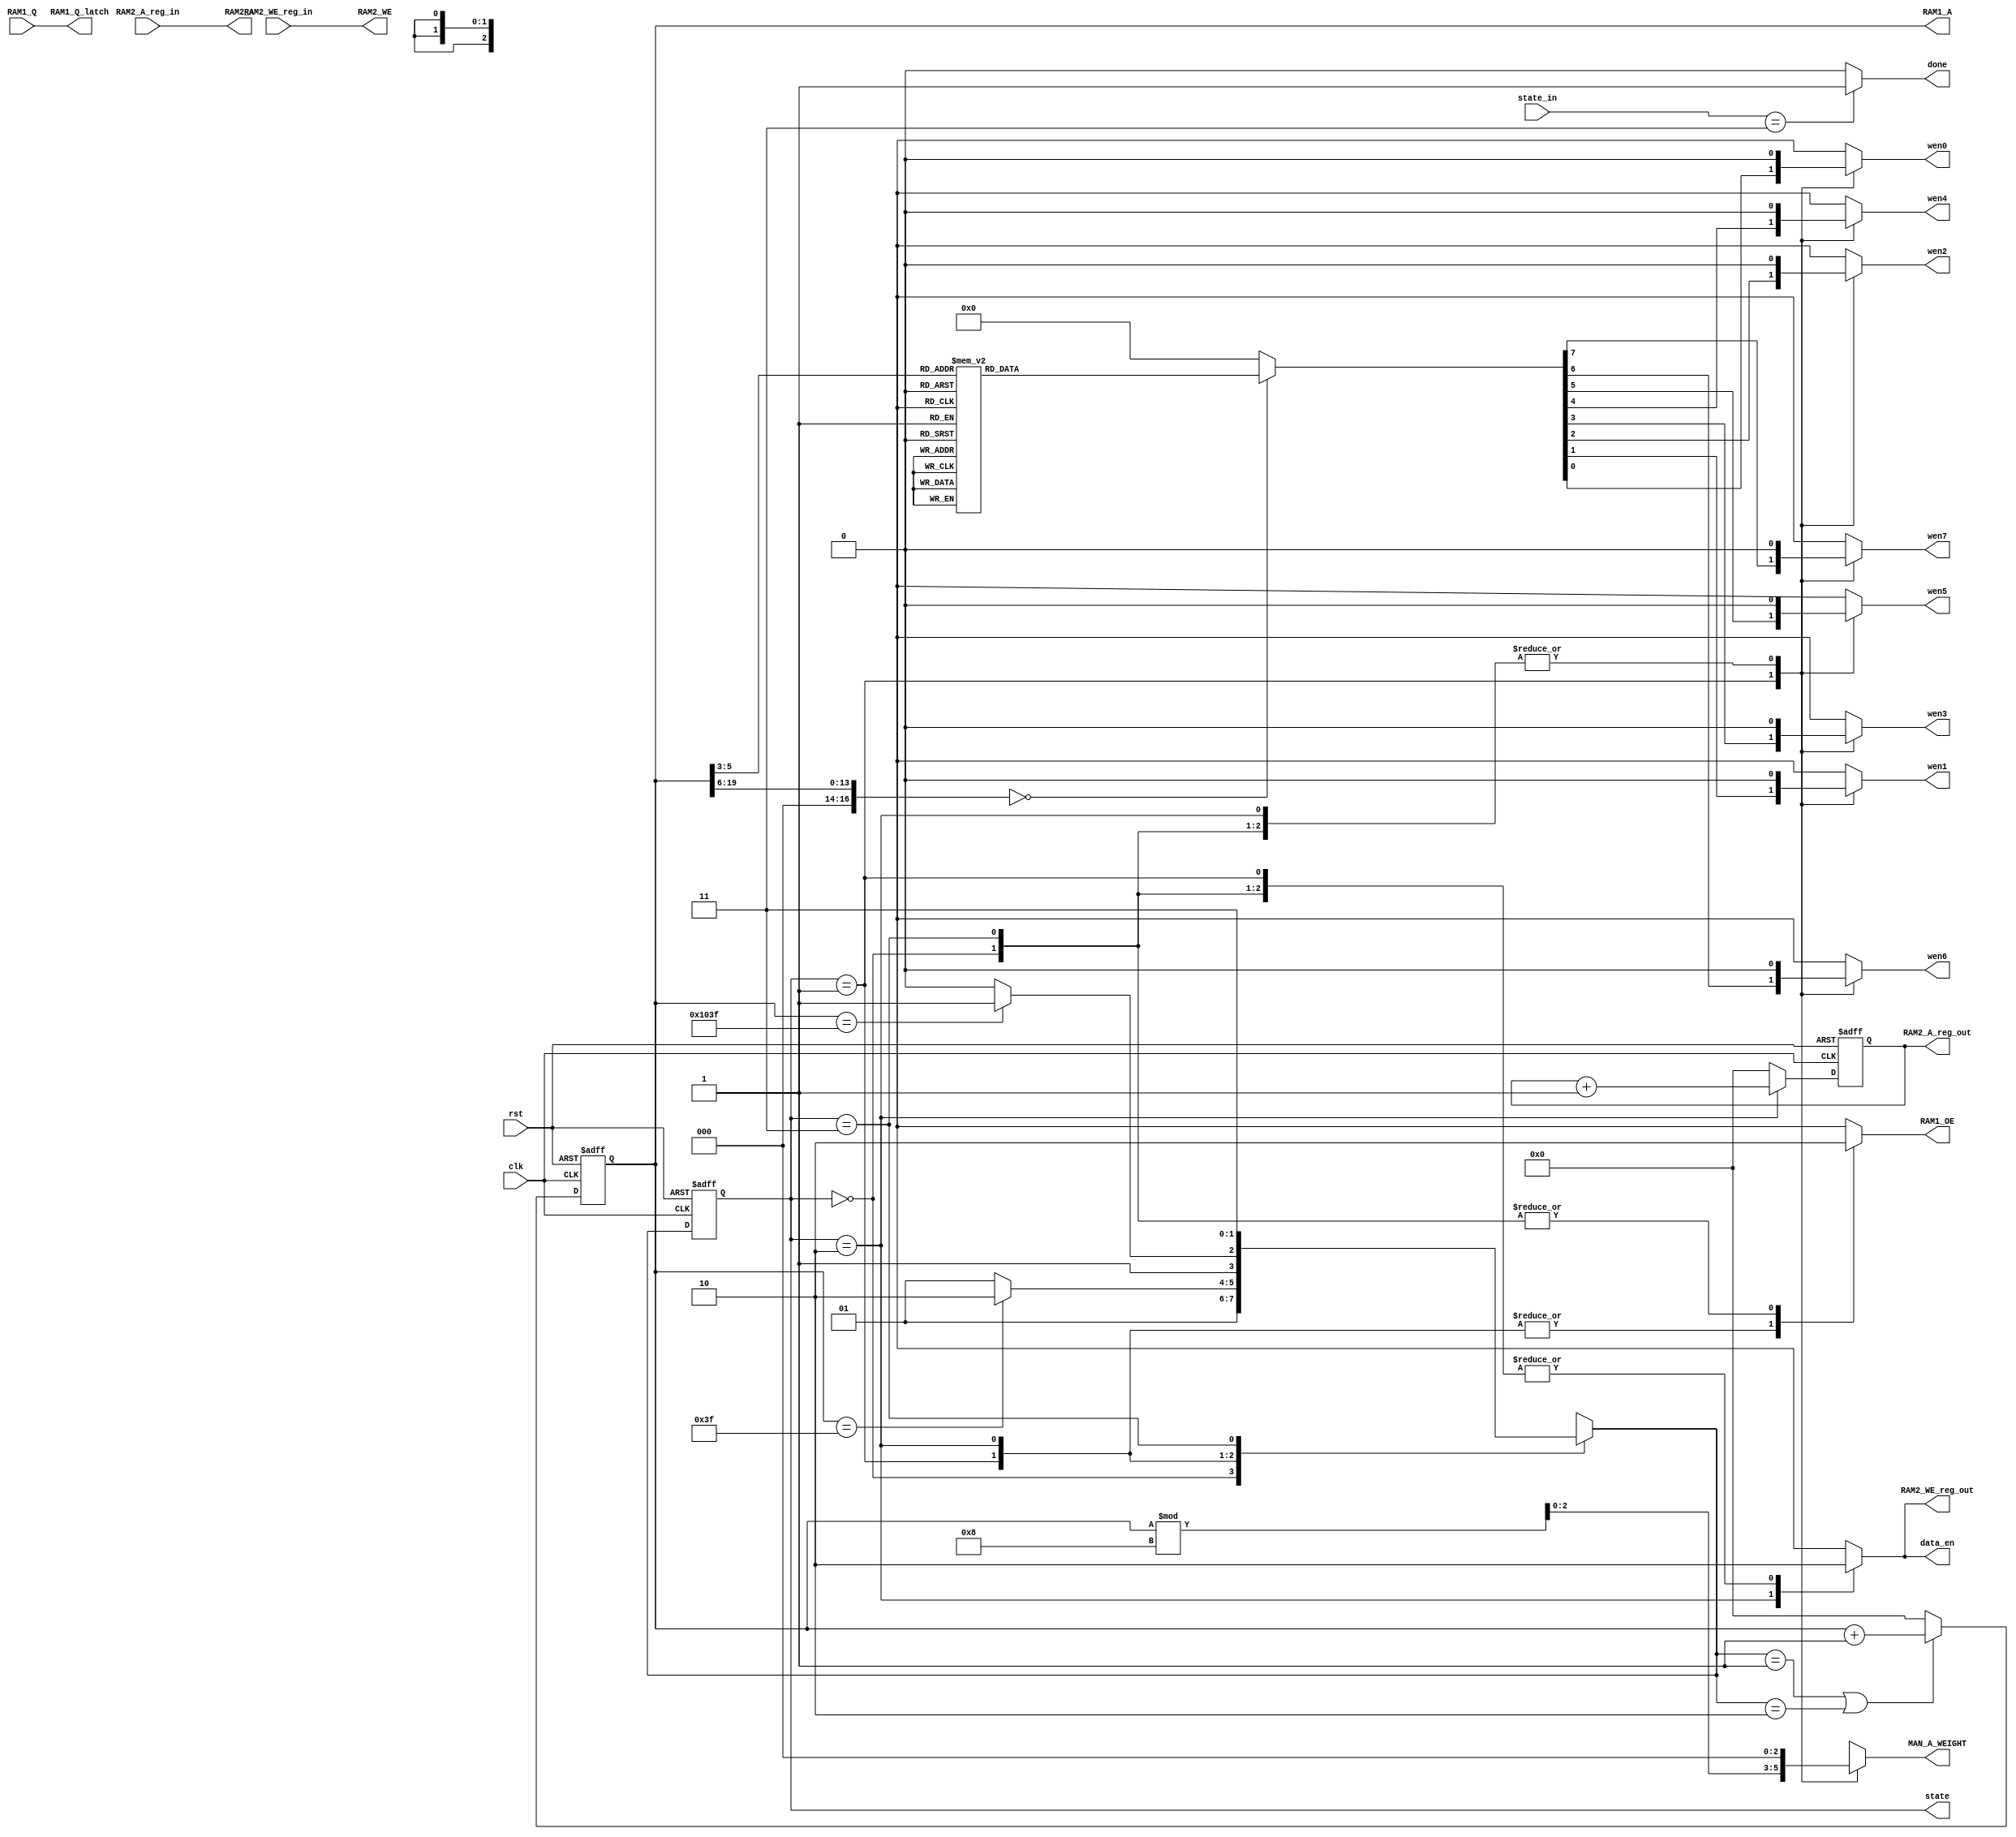
module controller(
	input clk,
	input rst,
	input [1:0]state_in,		//from reg_min
	output done,		//by assign
	//RAM1
	input  [23:0]RAM1_Q,
	output reg RAM1_OE,
	output reg [19:0]RAM1_A,		
	//RAM2_WE
	input RAM2_WE_reg_in,		
	input [19:0]RAM2_A_reg_in,
	output RAM2_WE,			//by assign
	output [19:0]RAM2_A,	//by assign		//reg
	//MAN0~7
	output [23:0] RAM1_Q_latch,		//by assign			//latch  reg
	output reg data_en,		//
	output reg wen0,
	output reg wen1,
	output reg wen2,
	output reg wen3,
	output reg wen4,
	output reg wen5,
	output reg wen6,
	output reg wen7,
	output reg[2:0] MAN_A_WEIGHT,
	output reg [1:0] state,
	output reg RAM2_WE_reg_out,
	output reg [19:0]RAM2_A_reg_out
	
);

	
	reg [1:0] next_state;
	wire [19:0] weight;
/*
	reg RAM2_WE_reg_out,RAM2_WE_reg_out_latch;
	reg [19:0]RAM2_A_reg_out,RAM2_A_reg_out_latch;
*/

	parameter  idle = 2'd0, wr_weight = 2'd1, wr_ans= 2'd2, have_done=2'd3 ;

	assign weight=RAM1_A>>2'd3;
	assign RAM1_Q_latch=RAM1_Q;
	assign RAM2_WE=RAM2_WE_reg_in;		//feedback from reg_min
	assign RAM2_A=RAM2_A_reg_in;		//feedback from reg_min
	assign done = (state_in==have_done) ? 1'b1 :1'b0;

	//state
	always @(posedge clk or posedge rst) 
	begin
		if (rst) 
		begin
			state <=idle;	
		end	
		else
		begin			
			state <= next_state;			
		end
	end

	//next_state
	always @(*) 
	begin
		case (state)
			idle: 
			begin				
				next_state=wr_weight;			
			end
			wr_weight:
			begin
				if (RAM1_A==20'd63) 			//have done
				begin
					next_state=wr_ans;
				end
				else
				begin
					next_state=wr_weight;
				end				
			end
			wr_ans:
			begin
				if (RAM1_A==20'd4159) 		//have done
				begin
					next_state=have_done;
				end
				else
				begin
					next_state=wr_ans;
				end				
			end
			have_done:
			begin
				next_state=have_done;				
			end			 
		endcase	
	end
/*
	//ram2_reg_out_latch_latch
	always @(posedge clk or posedge rst) 
	begin
		if (rst) 
		begin
			RAM2_WE_reg_out_latch_latch<=1'b0;
			RAM2_A_reg_out_latch_latch<=20'd0;
		end	
		else
		begin			
			RAM2_WE_reg_out_latch_latch<=RAM2_WE_reg_out_latch;
			RAM2_A_reg_out_latch_latch<=RAM2_A_reg_out_latch;		
		end
	end
	//ram2_reg_out_latch
	always @(posedge clk or posedge rst) 
	begin
		if (rst) 
		begin
			RAM2_WE_reg_out_latch<=1'b0;
			RAM2_A_reg_out_latch<=20'd0;
		end	
		else
		begin			
			RAM2_WE_reg_out_latch<=RAM2_WE_reg_out;
			RAM2_A_reg_out_latch<=RAM2_A_reg_out;		
		end
	end
*/
	
	//ram1 address
	always @(posedge clk or posedge rst) 
	begin
		if (rst) 
		begin
			//RAM1_OE <= 1'b0;
			RAM1_A <= (20'd0-20'd1);			//??
		end
		else
		begin
			if ((next_state==wr_weight) || (next_state==wr_ans)) 
			begin
				//RAM1_OE <= 1'b1;
				RAM1_A <= (RAM1_A+20'd1);
			end
			else 
			begin
				//RAM1_OE <= 1'b0;
				RAM1_A <= 20'h00000;
			end			
		end
	end

	//ram2
	always @(posedge clk or posedge rst) 
	begin
		if (rst) 
		begin
			RAM2_A_reg_out <= 20'h00000;
		end
		else
		begin
			if (state==wr_ans) 
			begin
				RAM2_A_reg_out <= RAM2_A_reg_out+20'd1;
			end
			else
			begin
				RAM2_A_reg_out <=20'd0;
			end
		end
	end
	

	//each state do thing
	always @(*) 
	begin
		case (state)
			idle: 
			begin
				RAM1_OE=1'b0;
				//RAM1_A=20'hZZZZZ;
				data_en=1'b0;
				wen0=1'b0;
				wen1=1'b0;
				wen2=1'b0;
				wen3=1'b0;
				wen4=1'b0;
				wen5=1'b0;
				wen6=1'b0;
				wen7=1'b0;
				MAN_A_WEIGHT=3'b000;
				RAM2_WE_reg_out=1'b0;
				//RAM2_A_reg_out=20'hZZZZZ;
			end
			wr_weight:
			begin
				RAM1_OE=1'b1;
				//RAM1_A=20'hZZZZZ;
				data_en=1'b0;
				case (weight)		// ok?
					20'd0:
					begin
						wen0=1'b1;
						wen1=1'b0;
						wen2=1'b0;
						wen3=1'b0;
						wen4=1'b0;
						wen5=1'b0;
						wen6=1'b0;
						wen7=1'b0;
					end 
					20'd1:
					begin
						wen0=1'b0;
						wen1=1'b1;
						wen2=1'b0;
						wen3=1'b0;
						wen4=1'b0;
						wen5=1'b0;
						wen6=1'b0;
						wen7=1'b0;
					end 
					20'd2:
					begin
						wen0=1'b0;
						wen1=1'b0;
						wen2=1'b1;
						wen3=1'b0;
						wen4=1'b0;
						wen5=1'b0;
						wen6=1'b0;
						wen7=1'b0;
					end 
					20'd3:
					begin
						wen0=1'b0;
						wen1=1'b0;
						wen2=1'b0;
						wen3=1'b1;
						wen4=1'b0;
						wen5=1'b0;
						wen6=1'b0;
						wen7=1'b0;
					end 
					20'd4:
					begin
						wen0=1'b0;
						wen1=1'b0;
						wen2=1'b0;
						wen3=1'b0;
						wen4=1'b1;
						wen5=1'b0;
						wen6=1'b0;
						wen7=1'b0;
					end 
					20'd5:
					begin
						wen0=1'b0;
						wen1=1'b0;
						wen2=1'b0;
						wen3=1'b0;
						wen4=1'b0;
						wen5=1'b1;
						wen6=1'b0;
						wen7=1'b0;
					end 
					20'd6:
					begin
						wen0=1'b0;
						wen1=1'b0;
						wen2=1'b0;
						wen3=1'b0;
						wen4=1'b0;
						wen5=1'b0;
						wen6=1'b1;
						wen7=1'b0;
					end 
					20'd7:
					begin
						wen0=1'b0;
						wen1=1'b0;
						wen2=1'b0;
						wen3=1'b0;
						wen4=1'b0;
						wen5=1'b0;
						wen6=1'b0;
						wen7=1'b1;
					end 
					default: 
					begin
						wen0=1'b0;
						wen1=1'b0;
						wen2=1'b0;
						wen3=1'b0;
						wen4=1'b0;
						wen5=1'b0;
						wen6=1'b0;
						wen7=1'b0;
					end
				endcase
				MAN_A_WEIGHT= RAM1_A % 4'd8;		// =%8		??	
				RAM2_WE_reg_out=1'b0;
				
				
				//RAM2_A_reg_out=20'hZZZZZ;
			end
			wr_ans:
			begin
				RAM1_OE=1'b1;
				//RAM1_A=20'hZZZZZ;
				data_en=1'b1;
				wen0=1'b0;
				wen1=1'b0;
				wen2=1'b0;
				wen3=1'b0;
				wen4=1'b0;
				wen5=1'b0;
				wen6=1'b0;
				wen7=1'b0;
				MAN_A_WEIGHT=3'b000;
				RAM2_WE_reg_out=1'b1;
				//RAM2_A_reg_out=20'hZZZZZ;
			end
			have_done:
			begin
				RAM1_OE=1'b0;
				//RAM1_A=20'hZZZZZ;
				data_en=1'b0;
				wen0=1'b0;
				wen1=1'b0;
				wen2=1'b0;
				wen3=1'b0;
				wen4=1'b0;
				wen5=1'b0;
				wen6=1'b0;
				wen7=1'b0;
				MAN_A_WEIGHT=3'b000;
				RAM2_WE_reg_out=1'b0;
				//RAM2_A_reg_out=20'hZZZZZ;
			end
		
		endcase	
	end





endmodule